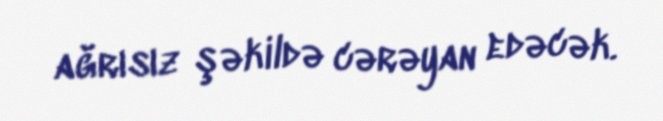
ağrısız şəkildə cərəyan edəcək.